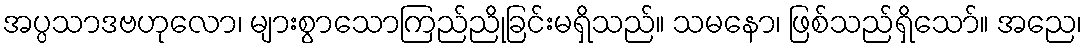
အပ္ပသာဒဗဟုလော၊ များစွာသောကြည်ညိုခြင်းမရှိသည်။ သမနော၊ ဖြစ်သည်ရှိသော်။ အညေ၊